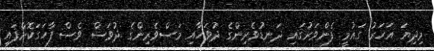
މިދިޔަ އަހަރު ގައުމީ ފެންވަރުގައި ދަނޑުވެރިންގެ ދުވަހާއި މަސްވެރިންގެ ދުވަސް ވެސް ފާހަގަކޮށްފައި